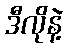
ဒီလိုနဲ့